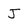
Character: J